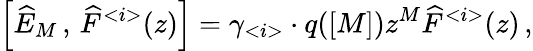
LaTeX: \left[\widehat{E}_{M}\, ,\, \widehat{F}^{<i>}(z)\right]=\gamma_{<i>}\cdot q([M])z^{M}\widehat{F}^{<i>}(z)\, ,